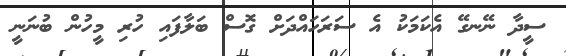
ސީދާ ނޭނގޭ އެކަމަކު އެ ސަރަހައްދަށް ގޮސް ބަލާފައި ހުރި މީހުން ބުނަނީ